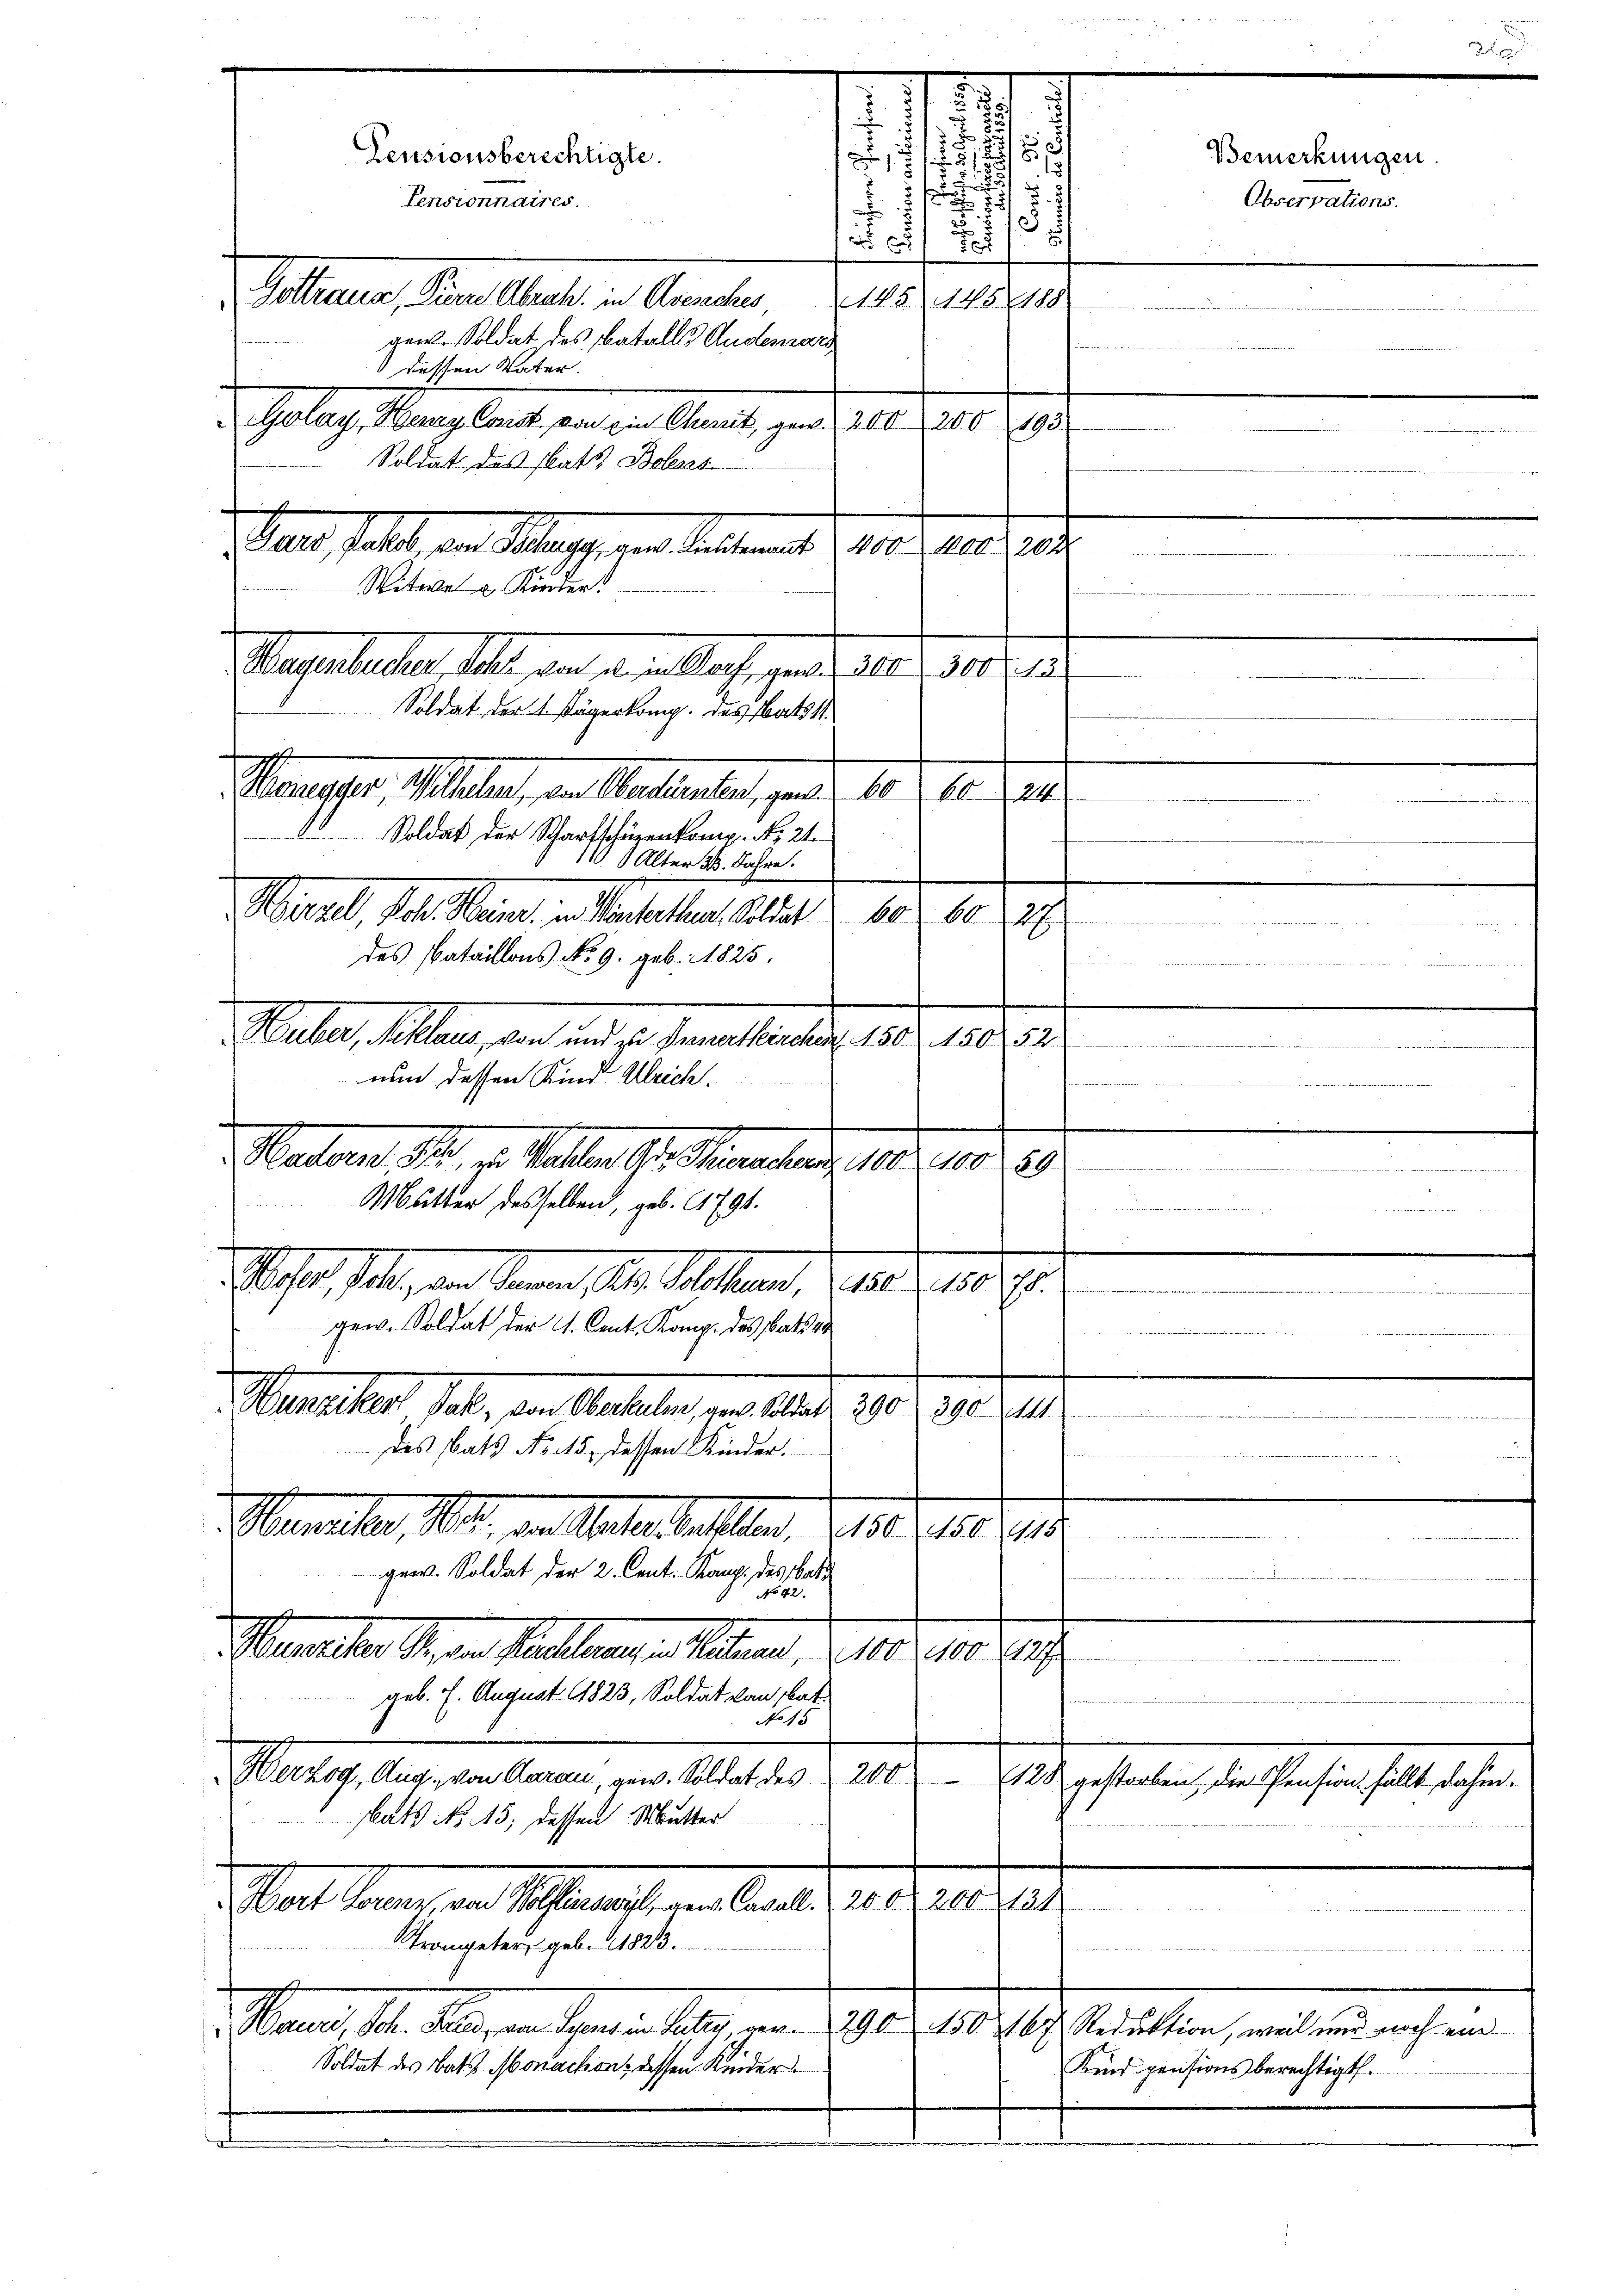
Alter 23. Jahre.
.
Hirzell, Joh. Meine in Unterthen, Soldat
6060.
.
des Pataillons No. 9. geb. 1825.

Vater, Altern, den und 4. Tallastung 189. 1808.

nun dessen Kind Ulrich.
.
Matern, St. Galle G. Sammlung 189. 1030
Mitter desselben, geb. 1791.
e
ill, soll, der denen 10. Auslagen, d. 12. d. 1890.
.
dinen und
gew. Soldat der A. Cent. Komp. des Bata
 erer
Menscher habe dem Antheben von Art. 290, 1807. 17
des Satz No. 115. dessen Kinder.
Minister, 11, von Seite allen d. 15. 1815. 18
gew. Soldat der 2. Cent. Kamp. des Bas

No 42.
enunter der an Statthalten haben d. 180. 10 Jahr
geb. 1. August 1823, Soldat von hat.
No 15
eter sagenen angen, und Abhalter 180. Il testaten, die fachen halt daher
ats. No. 115, dessen Mutter
 art seinen, an Monate in Art. 12. 9.10.19
rangeters geb. 1823.
Man. 141. Mai in Gener les an. 1910. 100 Gebeteilten, und wie ich eine
Soldat des bat Monachon, dessen Kinder
Kind pensions berechtigt.

2
27
.
.
5
Pensionsberechtigte.
s
1
i

§. 2
Pensionnaires.

7
135

1
Gottraue, Tiere Abrah. in Aussches 145, 145188
gen. Soldat des Batalls Auslemals
n
dessen Vater.
Golay, Berry Corist von ein Chemit, gew. 200, 200 193
Soldat des Plats Bolens-
Gant satt, an Mars, und Bestament der andrech
Mitwe u. Kinder
Wagentuchen, Satz, von den Nach gerade 30 f. 100. 18
Soldat der 1. Kägerkamp. Das Matth
Maraser, Siehen, an Aesthalten, gelt. 10. 10. d.
Soldat der Scharfschüzenkompen 21.

kennern in de
er eingeren einer mit einer sein, u in entnomme

e
unseren u. 1 u. Parent

Bemerkungen.
Observations.